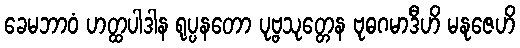
ခေမဘာဝံ ဟတ္ထပါဒါန ရုပ္ပနတော ပုဗ္ဗသုတ္တေန ဗုဓဂမာဒီဟိ မနုဇေဟိ